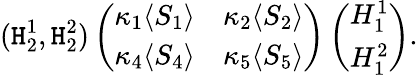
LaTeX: (\mathtt{H}_{2}^{1},\mathtt{H}_{2}^{2})\left(\begin{array}{cc}{{\kappa_{1}\langle S_{1}\rangle}}&{{\kappa_{2}\langle S_{2}\rangle}}\\ {{\kappa_{4}\langle S_{4}\rangle}}&{{\kappa_{5}\langle S_{5}\rangle}}\end{array}\right)\left(\begin{array}{c}{{H_{1}^{1}}}\\ {{H_{1}^{2}}}\end{array}\right).